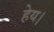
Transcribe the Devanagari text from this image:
हेय।